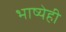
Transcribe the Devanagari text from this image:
भाष्येही